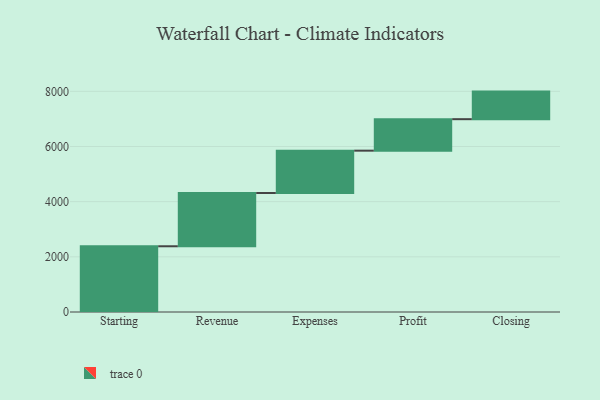
{"axis": {"x": "Step", "y": "Value"}, "legend": [""], "data": [{"x": "Starting", "y": 2383.0, "type": ""}, {"x": "Revenue", "y": 1931.0, "type": ""}, {"x": "Expenses", "y": 1535.0, "type": ""}, {"x": "Profit", "y": 1141.0, "type": ""}, {"x": "Closing", "y": 1000, "type": ""}]}